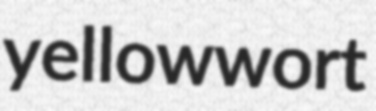
yellowwort